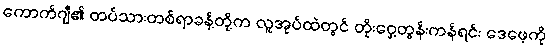
ကောက်ဂျီ၏ တပ်သားတစ်ရာခန့်တို့က လူအုပ်ထဲတွင် တိုးဝှေ့တွန်းကန်ရင်း ဒေဖေ့ကို